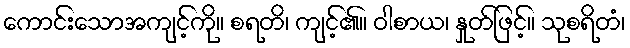
ကောင်းသောအကျင့်ကို။ စရတိ၊ ကျင့်၏။ ဝါစာယ၊ နှုတ်ဖြင့်။ သုစရိတံ၊